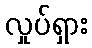
လှုပ်ရှား